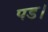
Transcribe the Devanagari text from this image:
पड।